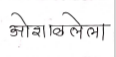
मजकूर: ओशाळलेला